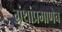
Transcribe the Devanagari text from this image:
ग्रंथांप्रमाणेच